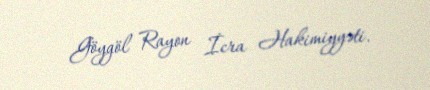
Göygöl Rayon İcra Hakimiyyəti.